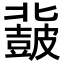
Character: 𮮨